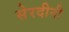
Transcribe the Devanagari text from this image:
सेरदीनी